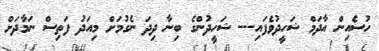
ހުސެއިން އާދަމް ޝަހީދުވެފައި--- ޝަހީދުންގެ ބިނާ ދިދަ ނެގުމަށް މިއަދު ފަތިސް ނަމާދަށް